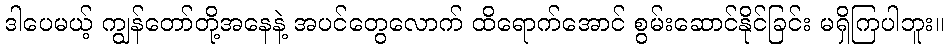
ဒါပေမယ့် ကျွန်တော်တို့အနေနဲ့ အပင်တွေလောက် ထိရောက်အောင် စွမ်းဆောင်နိုင်ခြင်း မရှိကြပါဘူး။